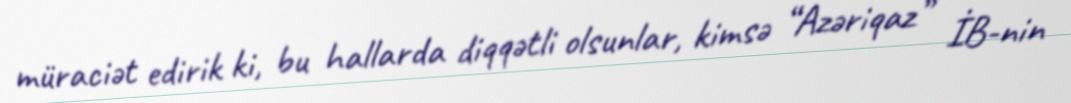
müraciət edirik ki, bu hallarda diqqətli olsunlar, kimsə “Azəriqaz” İB-nin